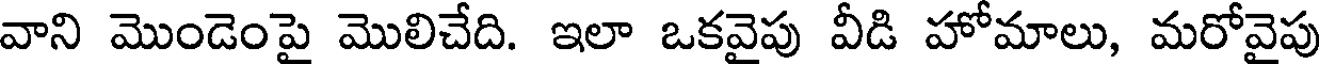
వాని మొండెంపై మొలిచేది. ఇలా ఒకవైపు వీడి హోమాలు, మరోవైపు